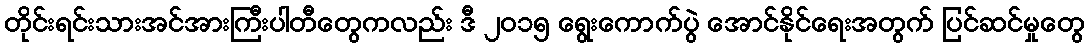
တိုင်းရင်းသားအင်အားကြီးပါတီတွေကလည်း ဒီ ၂ဝ၁၅ ရွေးကောက်ပွဲ အောင်နိုင်ရေးအတွက် ပြင်ဆင်မှုတွေ